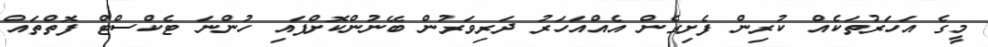
މީގެ އަހަރުތަކެއް ކުރިން ފެށިގެން އެއްއަހަރު ދަރިވަރުން ބޭނުންކޮށްފައި ހުންނަ ޓެކްސްޓް ފޮތްތައް